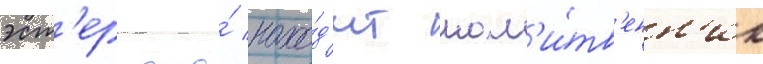
эст'ер она́ нахо́д'ит мол'и́тв'енн'ик